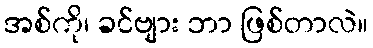
အစ်ကို၊ ခင်ဗျား ဘာ ဖြစ်တာလဲ။